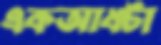
একআধটা